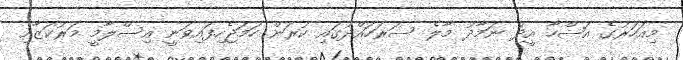
މިއަހަރުގެ އަޟްހާ އީދު ނަމާދު މާލެ ސަރަހައްދުގައި ކުރަން ހަމަޖެހިފައިވަނީ އިސްލާމީ މަރުކަޒާއި